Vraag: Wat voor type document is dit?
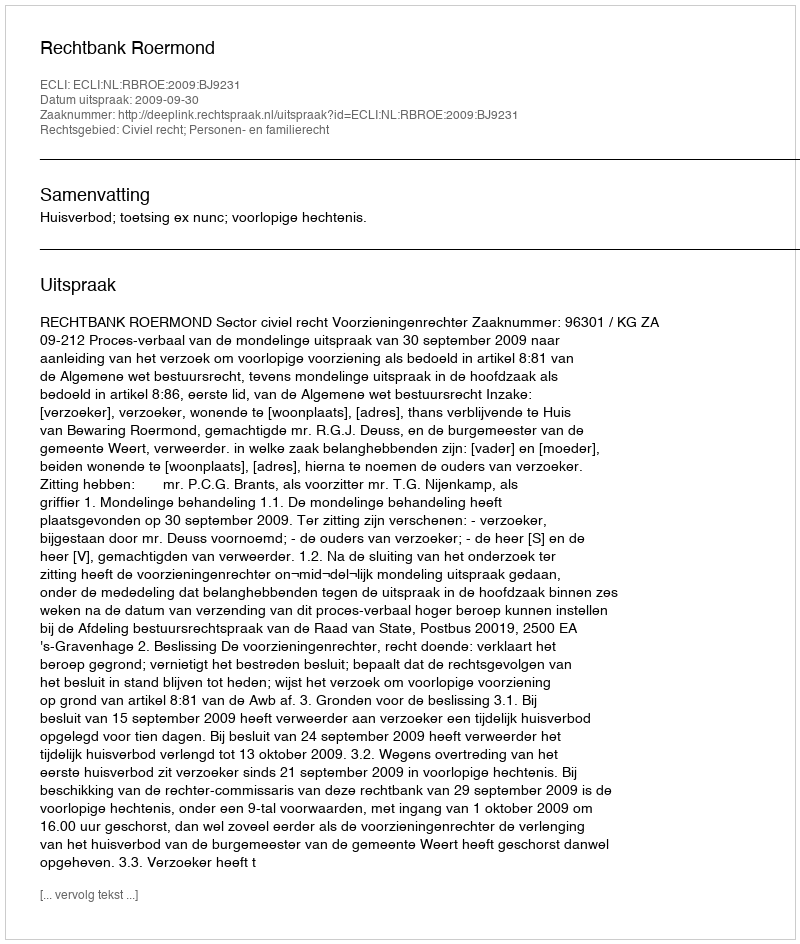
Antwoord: Uitspraak